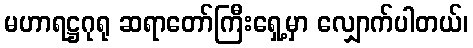
မဟာရဋ္ဌဂုရု ဆရာတော်ကြီးရှေ့မှာ လျှောက်ပါတယ်၊